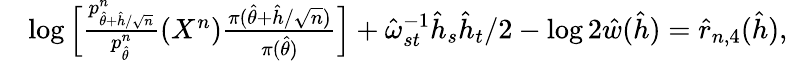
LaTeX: \begin{array}{rl}&{\log\Big[\frac{p_{\hat{\theta}+\hat{h}/\sqrt{n}}^{n}}{p_{\hat{\theta}}^{n}}(X^{n})\frac{\pi(\hat{\theta}+\hat{h}/\sqrt{n})}{\pi(\hat{\theta})}\Big]+\hat{\omega}_{st}^{-1}\hat{h}_{s}\hat{h}_{t}/2-\log 2\hat{w}(\hat{h})=\hat{r}_{n,4}(\hat{h}),}\end{array}